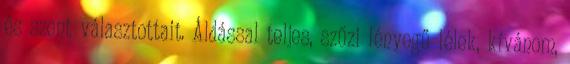
és szent választottait. Áldással teljes, szűzi lényegű lélek, kívánom,